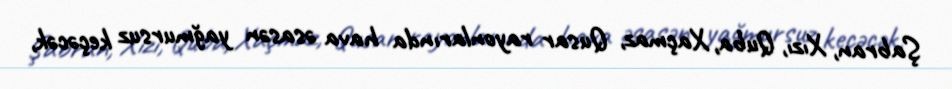
Şabran, Xızı, Quba, Xaçmaz, Qusar rayonlarında hava əsasən yağmursuz keçəcək,